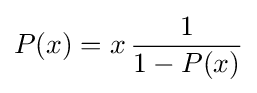
P(x)=x\,{\frac {1}{1-P(x)}}